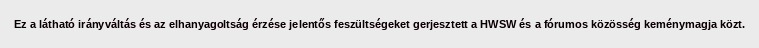
Ez a látható irányváltás és az elhanyagoltság érzése jelentős feszültségeket gerjesztett a HWSW és a fórumos közösség keménymagja közt.